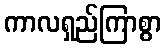
ကာလရှည်ကြာစွာ